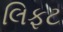
લિફટ